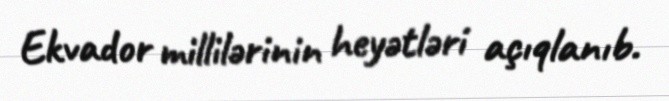
Ekvador millilərinin heyətləri açıqlanıb.